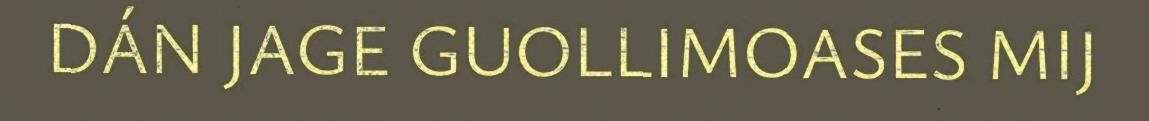
DÁN JAGE GUOLLIMOASES MIJ